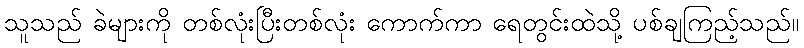
သူသည် ခဲများကို တစ်လုံးပြီးတစ်လုံး ကောက်ကာ ရေတွင်းထဲသို့ ပစ်ချကြည့်သည်။